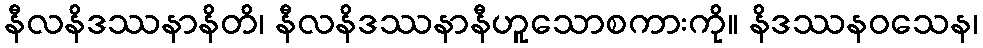
နီလနိဒဿနာနိတိ၊ နီလနိဒဿနာနီဟူသောစကားကို။ နိဒဿနဝသေန၊